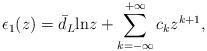
LaTeX: \begin{align*}\epsilon_1 (z) = \bar{d}_L {\rm ln}z + \sum_{k=-\infty}^{+\infty} c_kz^{k+1}, \end{align*}